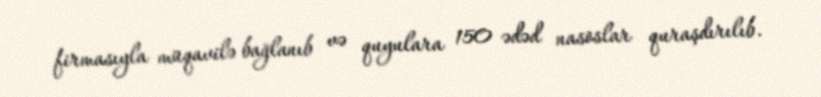
firmasıyla müqavilə bağlanıb və quyulara 150 ədəd nasoslar quraşdırılıb.